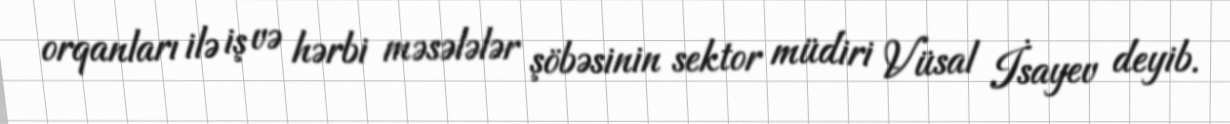
orqanları ilə iş və hərbi məsələlər şöbəsinin sektor müdiri Vüsal İsayev deyib.